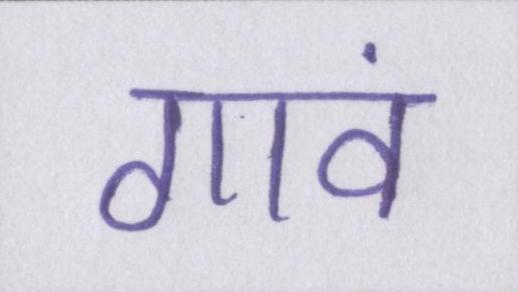
गावं